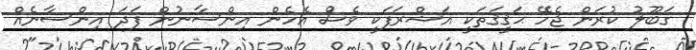
ގަބޫލު ކުރަން ޖެހޭ ޙަޤީޤަތަކީ އަޝްރަފަކީ ވެސް އެހެން އިންސާނުން ފަދަ އިންސާނެއް